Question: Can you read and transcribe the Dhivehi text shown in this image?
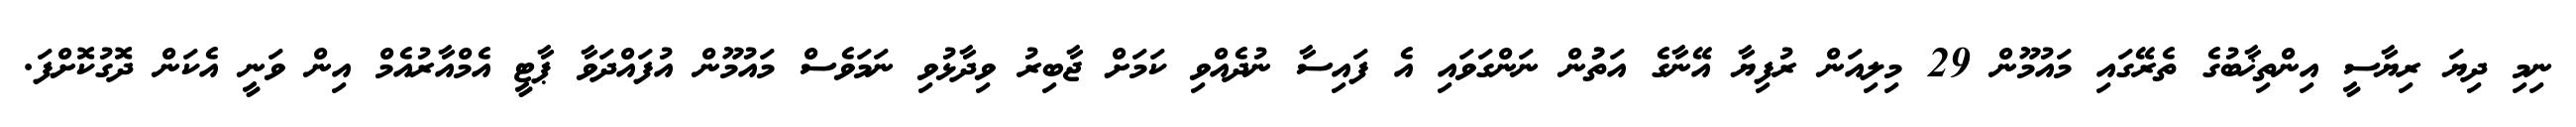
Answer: ނިމި ދިޔަ ރިޔާސީ އިންތިޚާބުގެ ތެރޭގައި މައުމޫން 29 މިލިއަން ރުފިޔާ އޭނާގެ އަތުުން ނަންގަވައި އެ ފައިސާ ނުދެއްވި ކަމަށް ޖާބިރު ވިދާޅުވި ނަމަވެސް މައުމޫން އުފައްދަވާ ޕާޓީ އެމްއާރުއެމް އިން ވަނީ އެކަން ދޮގުކޮށްފަ.